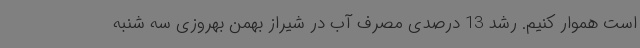
است هموار کنیم. رشد 13 درصدی مصرف آب در شیراز بهمن بهروزی سه شنبه